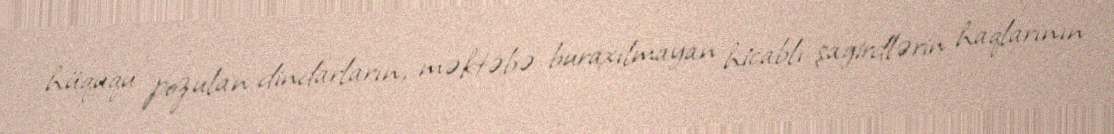
hüququ pozulan dindarların, məktəbə buraxılmayan hicablı şagirdlərin haqlarının